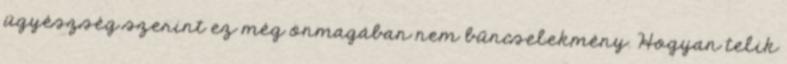
ügyészség szerint ez még önmagában nem bűncselekmény. Hogyan telik